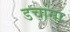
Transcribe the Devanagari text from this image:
डचांना